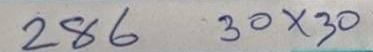
286 = 30 x 30